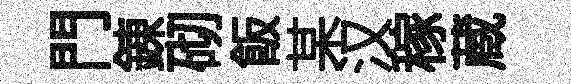
門錬砌飯某汉稼蔵